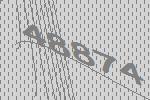
48874